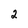
Character: 2